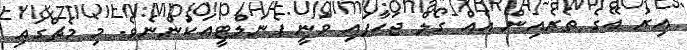
އިރު އޭގެ ތެރެއިން އެއް ގޯލް ޖަހާފައި ވަނީ ޕެނަލްޓީއަކުންނެވެ. މި މެޗްގައި